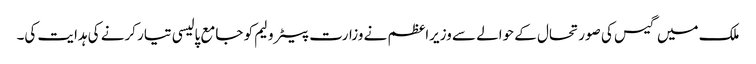
ملک میں گیس کی صورتحال کے حوالے سے وزیراعظم نے وزارت پیٹرولیم کو جامع پالیسی تیار کرنے کی ہدایت کی۔